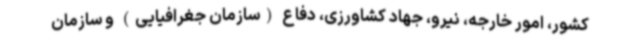
کشور، امور خارجه، نیرو، جهاد کشاورزی، دفاع (سازمان جغرافیایی) و سازمان